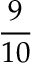
\frac { 9 } { 1 0 }